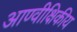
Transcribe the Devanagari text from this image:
आण्वीक्षिकीय